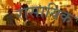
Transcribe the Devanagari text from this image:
रासायिक